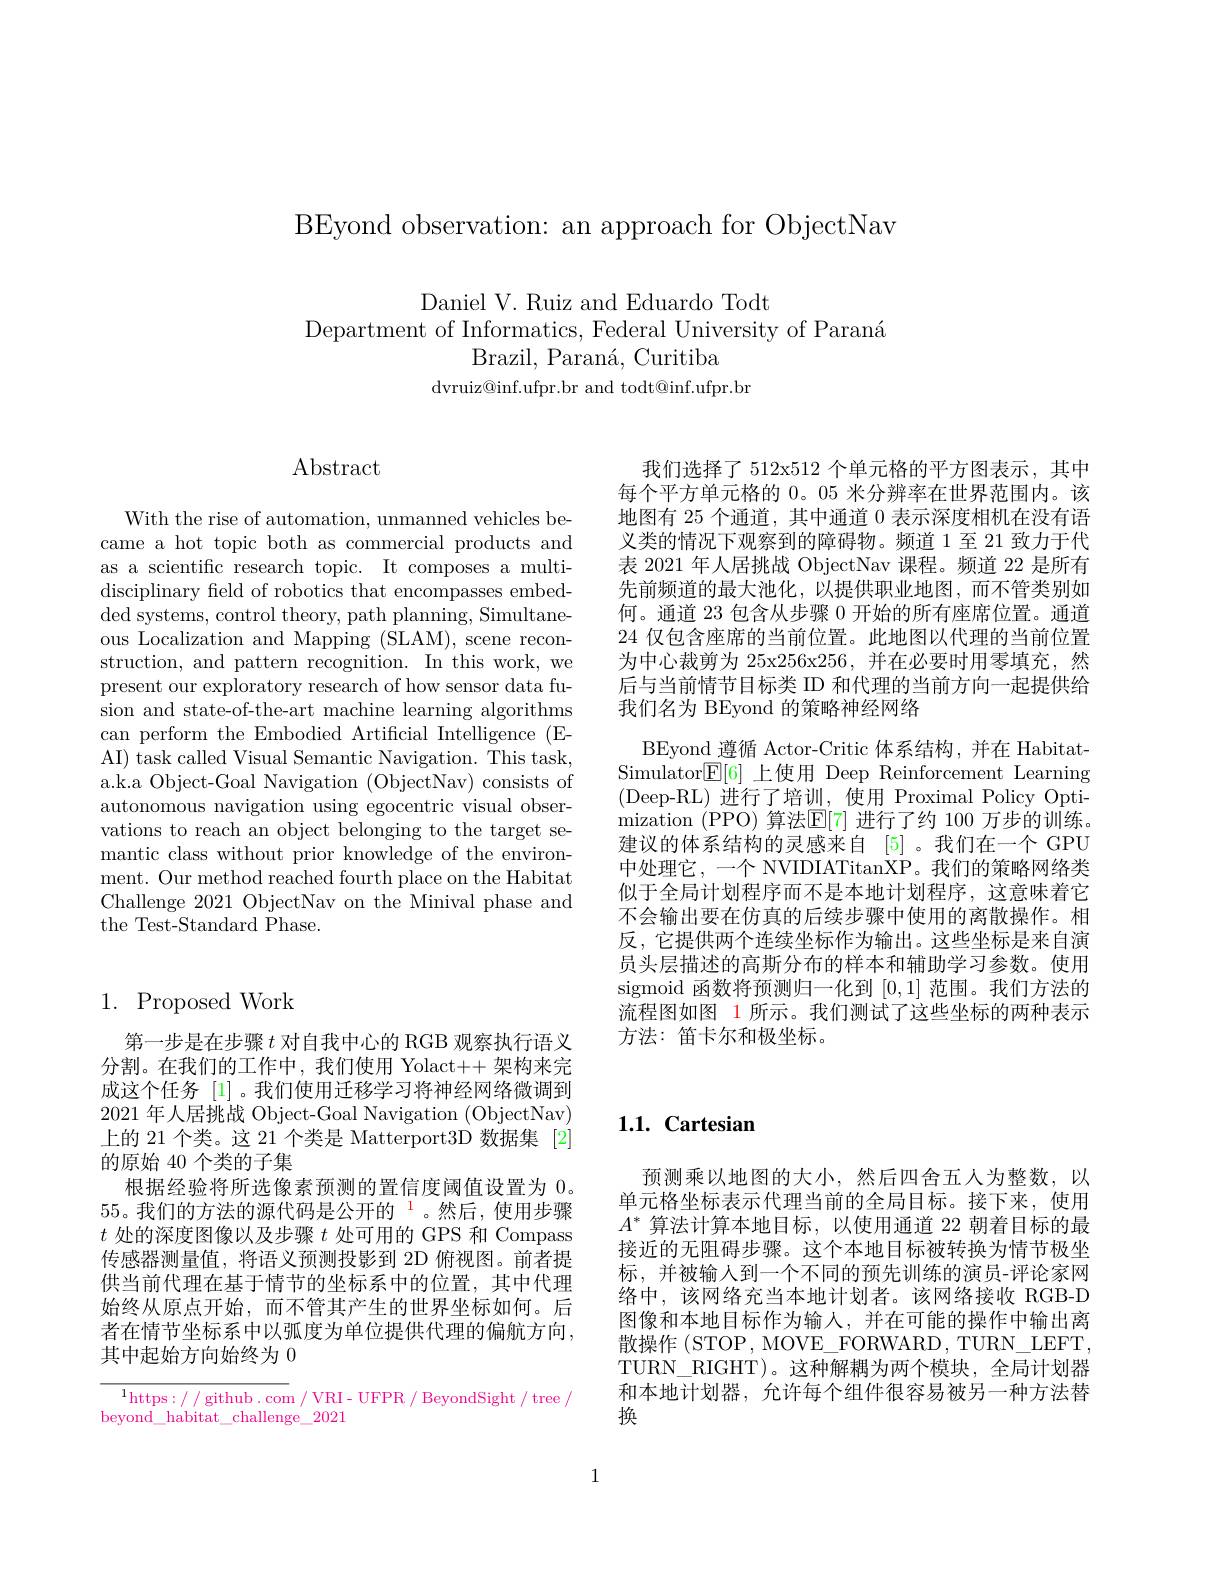
BEyond observation: an approach for ObjectNav

Daniel V. Ruiz and Eduardo Todt
Department of Informatics, Federal University of Paraná
Brazil, Paran$\' {a}$, Curitiba
dvruiz@inf.ufpr.br and todt@inf.ufpr.br

$\operatorname{Abstract}$

With the rise of automation, unmanned vehicles became a hot topic both as commercial products and as a scientific research topic. It composes a multidisciplinary field of robotics that encompasses embedded systems, control theory, path planning, Simultaneous Localization and Mapping (SLAM), scene reconstruction, and pattern recognition. In this work, we present our exploratory research of how sensor data fusion and state-of-the-art machine learning algorithms can perform the Embodied Artificial Intelligence (EAI) task called Visual Semantic Navigation. This task, a.k.a Object-Goal Navigation (ObjectNav) consists of autonomous navigation using egocentric visual observations to reach an object belonging to the target semantic class without prior knowledge of the environment. Our method reached fourth place on the Habitat Challenge 2021 ObjectNav on the Minival phase and the Test-Standard Phase.

我们选择了 512x512 个单元格的平方图表示，其中每个平方单元格的 0。05 米分辨率在世界范围内。该地图有 25 个通道，其中通道 0 表示深度相机在没有语义类的情况下观察到的障碍物。频道 1 至 21 致力于代表 2021 年人居挑战 ObjectNav 课程。频道 22 是所有先前频道的最大池化，以提供职业地图，而不管类别如何。通道 23 包含从步骤 0 开始的所有座席位置。通道24仅包含座席的当前位置。此地图以代理的当前位置为中心裁剪为 25x256x256,并在必要时用零填充，然后与当前情节目标类 ID 和代理的当前方向一起提供给我们名为 BEyond 的策略神经网络
BEyond 遵循 Actor-Critic 体系结构，并在 HabitatSimulator$\boxed[6]$上使用 Deep Reinforcement Learning (Deep-RL)进行了培训，使用 Proximal Policy Optimization ( PPO) 算 法 $\mathbb{E} [ 7]$进行了约 100 万步的训练。建议的体系结构的灵感来自[5] 。我们在一个 GPU 中处理它，一个 NVIDIATitanXP。我们的策略网络类似于全局计划程序而不是本地计划程序，这意味着它不会输出要在仿真的后续步骤中使用的离散操作。相反，它提供两个连续坐标作为输出。这些坐标是来自演员头层描述的高斯分布的样本和辅助学习参数。使用sigmoid 函数将预测归一化到[0,1]范围。我们方法的流程图如图 1 所示。我们测试了这些坐标的两种表示方法：笛卡尔和极坐标。

## 1. Proposed Work

第一步是在步骤$t$ 对自我中心的 RGB 观察执行语义分割。在我们的工作中，我们使用 Yolact++ 架构来完成这个任务 [1]。我们使用迁移学习将神经网络微调到2021年人居挑战 Object-Goal Navigation (ObjectNav) 上的 21 个类。这 21 个类是 Matterport3D 数据集 [2] 的原始 40 个类的子集
根据经验将所选像素预测的置信度阈值设置为0。55。我们的方法的源代码是公开的$^1$。然后，使用步骤$t$处的深度图像以及步骤$t$处可用的 GPS 和 Compass 传感器测量值，将语义预测投影到 2D 俯视图。前者提供当前代理在基于情节的坐标系中的位置，其中代理始终从原点开始，而不管其产生的世界坐标如何。后者在情节坐标系中以弧度为单位提供代理的偏航方向， 其中起始方向始终为 0

$^{1}$https:/ / github. com / VRI- UFPR / BeyondSight / tree /
beyond\_habitat\_challenge\_2021

## $\mathbf{1.1.~Cartesian}$

预测乘以地图的大小，然后四舍五人为整数，以单元格坐标表示代理当前的全局目标。接下来，使用$A^*$算法计算本地目标，以使用通道 22 朝着目标的最接近的无阻碍步骤。这个本地目标被转换为情节极坐标，并被输入到一个不同的预先训练的演员-评论家网络中，该网络充当本地计划者。该网络接收 RGB-D 图像和本地目标作为输人，并在可能的操作中输出离散操作 (STOP, MOVE\_FORWARD, TURN\_LEFT, TURN\_RIGHT)。这种解耦为两个模块，全局计划器和本地计划器，允许每个组件很容易被另一种方法替换

1